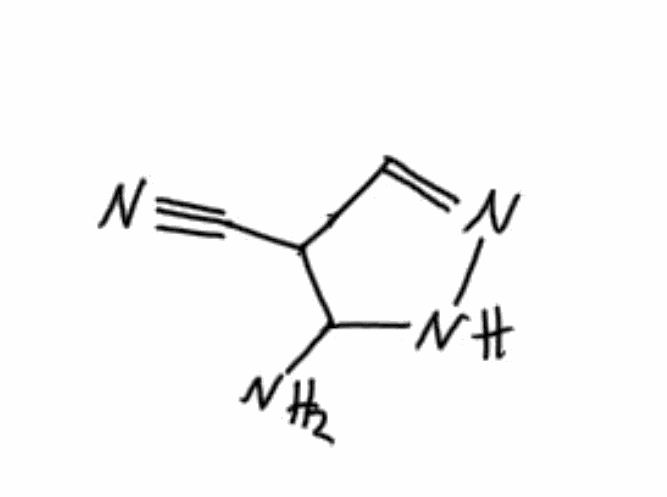
Simplified molecular-input line-entry system (SMILES) notation of the given molecule:
C1=NNC(C1C#N)N